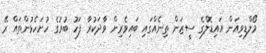
މޯލްޑިވިއަން އައިޑޮލްގެ ސީޒަން ތިނެއްގައި ބައިވެރިން ވާދަކުރާ ފަހު ބުރުގެ ހުށަހެޅުންތައް ރޭ